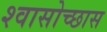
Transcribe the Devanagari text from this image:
श्वासोच्छास